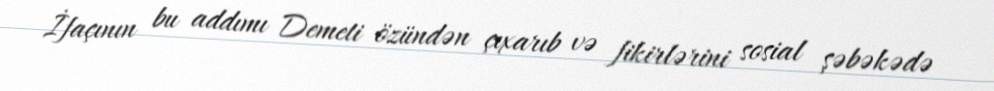
İfaçının bu addımı Demeti özündən çıxarıb və fikirlərini sosial şəbəkədə